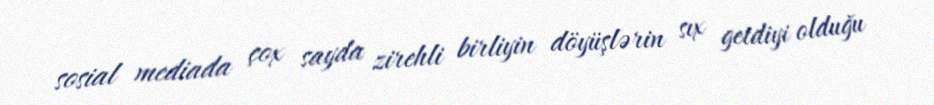
sosial mediada çox sayda zirehli birliyin döyüşlərin sıx getdiyi olduğu